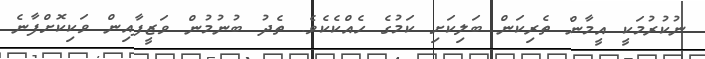
ނުކުރުމަކީ އީމާން ތެރިކަން ބަލިކަށި ކަމުގެ ހެއްކެކެވެ. ތެދު ބުނުމުން ވަޒީފާއިން ވަކިކޮށްފާނެ